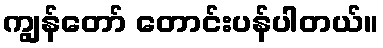
ကျွန်တော် တောင်းပန်ပါတယ်။